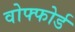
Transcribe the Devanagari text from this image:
वोफ्फोर्ड